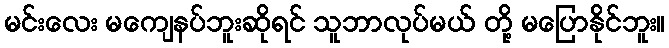
မင်းလေး မကျေနပ်ဘူးဆိုရင် သူဘာလုပ်မယ် တို့ မပြောနိုင်ဘူး။